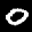
Label: 0